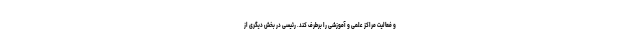
و فعالیت مراکز علمی و آموزشی را برطرف کند. رئیسی در بخش دیگری از